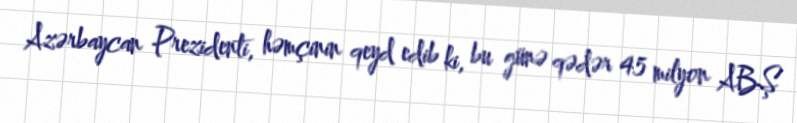
Azərbaycan Prezidenti, həmçinin qeyd edib ki, bu günə qədər 45 milyon ABŞ